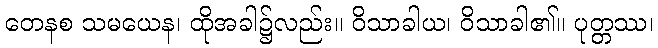
တေနစ သမယေန၊ ထိုအခါ၌လည်း။ ဝိသာခါယ၊ ဝိသာခါ၏။ ပုတ္တဿ၊